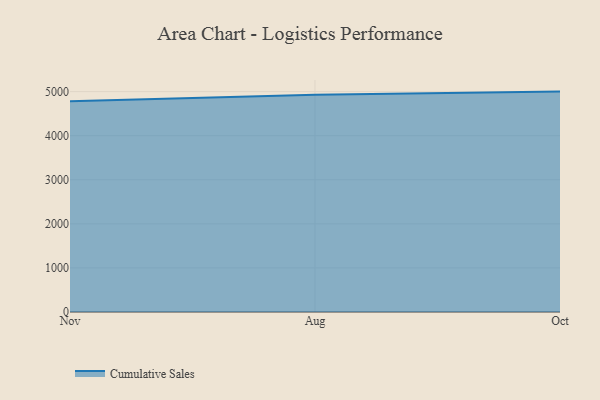
{"axis": {"x": "Month", "y": "Humidity (%)"}, "legend": ["Cumulative Sales"], "data": [{"x": "Nov", "y": 4782.2, "type": "Cumulative Sales"}, {"x": "Aug", "y": 4926.2, "type": "Cumulative Sales"}, {"x": "Oct", "y": 5000, "type": "Cumulative Sales"}]}